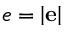
e = \left| \mathbf { e } \right|